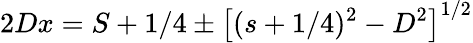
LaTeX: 2Dx=S+1/4\pm\left[(s+1/4)^{2}-D^{2}\right]^{1/2}